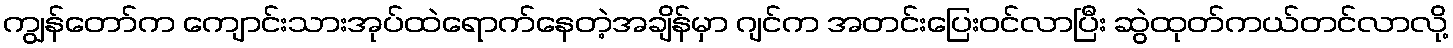
ကျွန်တော်က ကျောင်းသားအုပ်ထဲရောက်နေတဲ့အချိန်မှာ ဂျင်က အတင်းပြေးဝင်လာပြီး ဆွဲထုတ်ကယ်တင်လာလို့